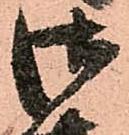
御